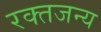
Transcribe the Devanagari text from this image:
रक्तजन्य